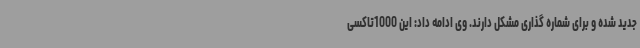
جدید شده و برای شماره گذاری مشکل دارند. وی ادامه داد: این 1000تاکسی